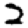
Digit: 2